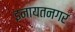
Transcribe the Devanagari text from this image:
इनायतनगर